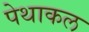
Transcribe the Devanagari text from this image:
पेथाकल